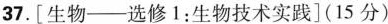
37.[生物——选修1：生物技术实践](15分)